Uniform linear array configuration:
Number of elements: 12
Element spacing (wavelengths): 0.75
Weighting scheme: hann
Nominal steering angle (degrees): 60
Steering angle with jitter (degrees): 58.829
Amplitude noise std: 0.05
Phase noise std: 0.05

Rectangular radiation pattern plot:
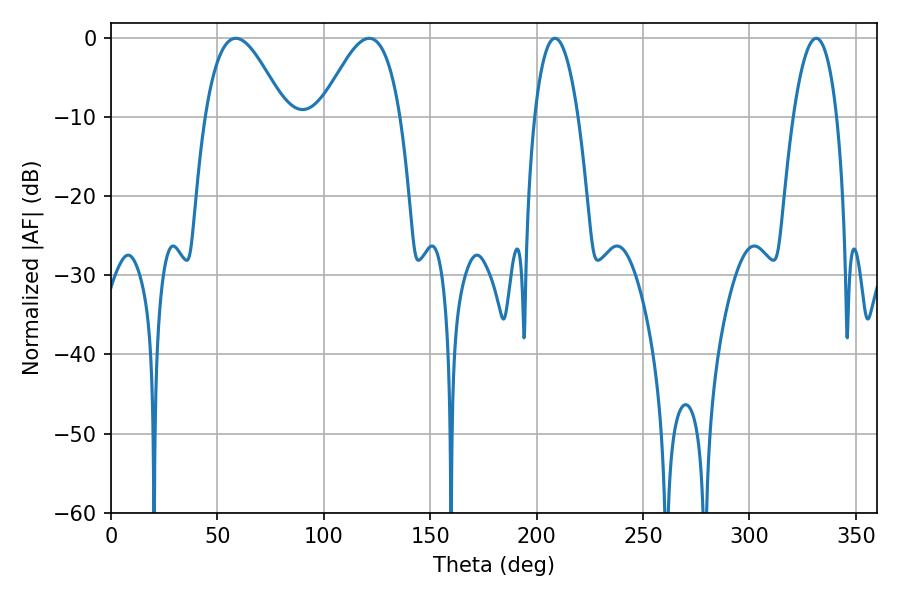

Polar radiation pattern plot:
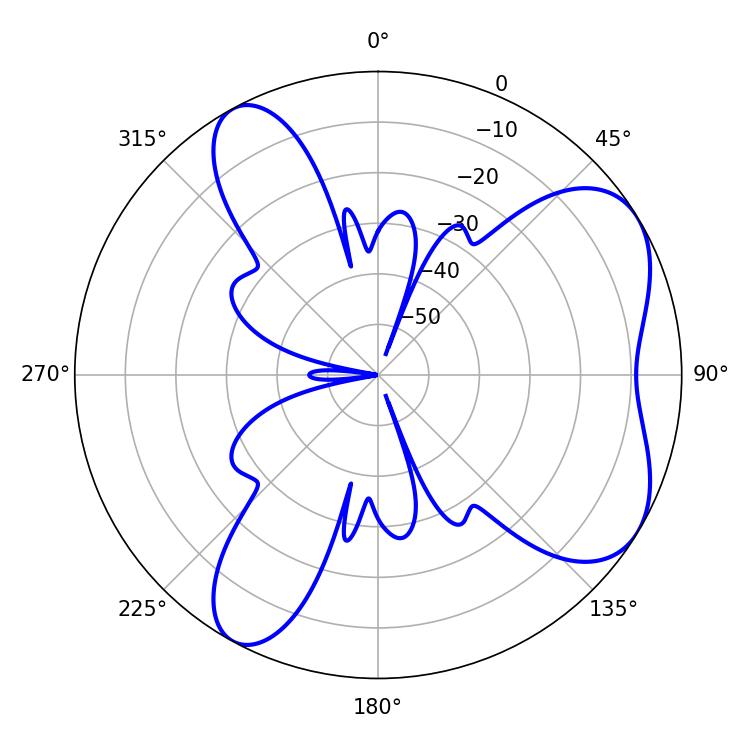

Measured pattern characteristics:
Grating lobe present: TRUE
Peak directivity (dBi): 6.101
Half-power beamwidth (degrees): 20.34
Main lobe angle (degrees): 58.68